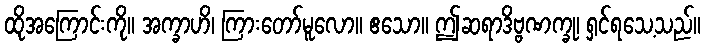
ထိုအကြောင်းကို။ အက္ခာဟိ၊ ကြားတော်မူလော။ ဧသော။ ဤဆရာဒိဗ္ဗဏက္ခု၊ ရှင်ရသေ့သည်။